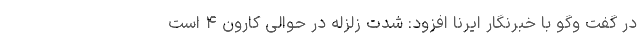
در گفت وگو با خبرنگار ایرنا افزود: شدت زلزله در حوالی کارون ۴ است